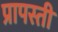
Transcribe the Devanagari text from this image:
प्रापस्ती